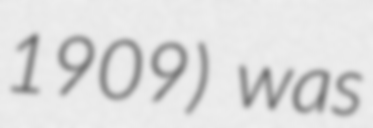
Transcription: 1909) was